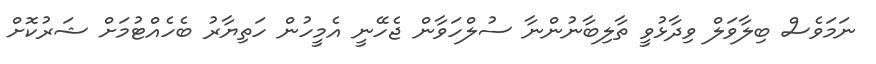
ނަމަވެސް ބިލާވަލް ވިދާޅުވީ ތާލިބާނުންނާ ސުލްހަވާން ޖެހޭނީ އެމީހުން ހަތިޔާރު ބެހެއްޓުމަށް ޝަރުކޮށް